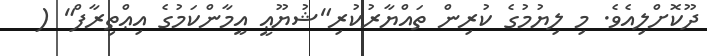
ދޫކޮށްލިއެވެ. މި ލިޔުމުގެ ކުރިން ތައްޔާރުކުރި"ޝުޔޫޢީ އީމާންކަމުގެ އިޢްތިރާފް" (